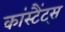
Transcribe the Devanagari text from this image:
कांस्टैंट्स